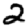
Digit: 2